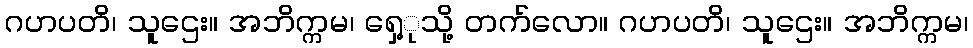
ဂဟပတိ၊ သူဌေး။ အဘိက္ကမ၊ ရှေ့ုသို့ တက်လော။ ဂဟပတိ၊ သူဌေး။ အဘိက္ကမ၊